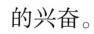
的兴奋。